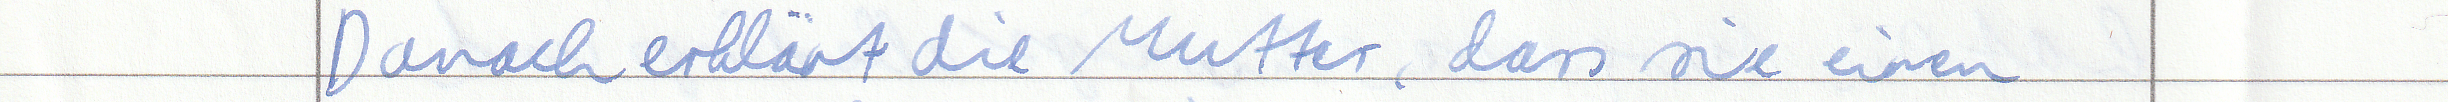
Danach erklärt die Mutter, dass sie einen